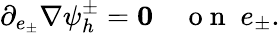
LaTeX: \partial_{e_{\pm}}\nabla\psi_{h}^{\pm}={\mathbf 0}\quad\mathrm{~o~n~}\; e_{\pm}.